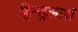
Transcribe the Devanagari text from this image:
हिन्दुऊओ